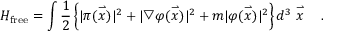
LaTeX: H _ { \mathrm { f r e e } } = \int \frac { 1 } { 2 } \left\{ | \pi ( \stackrel { \rightharpoonup } { x } ) | ^ { 2 } + | \bigtriangledown \varphi ( \stackrel { \rightharpoonup } { x } ) | ^ { 2 } + m | \varphi ( \stackrel { \rightharpoonup } { x } ) | ^ { 2 } \right\} d ^ { 3 } \stackrel { \rightharpoonup } { x } \ \ \ .